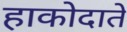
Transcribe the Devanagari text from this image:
हाकोदाते